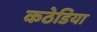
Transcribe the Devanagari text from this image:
कठेडिया